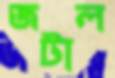
জটাল